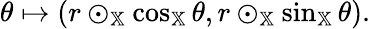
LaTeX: \begin{array}{r}{\theta\mapsto(r\odot_{\mathbb{X}}\cos_{\mathbb{X}}\theta,r\odot_{\mathbb{X}}\sin_{\mathbb{X}}\theta).}\end{array}